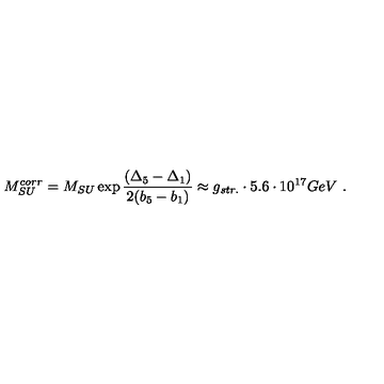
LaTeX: M _ { S U } ^ { c o r r } = M _ { S U } \exp \frac { ( { \Delta } _ { 5 } - { \Delta } _ { 1 } ) } { 2 ( b _ { 5 } - b _ { 1 } ) } \approx g _ { s t r . } \cdot 5 . 6 \cdot 1 0 ^ { 1 7 } G e V \ .